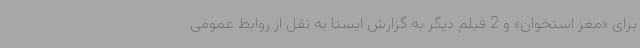
برای «مغز استخوان» و 2 فیلم دیگر به گزارش ایسنا به نقل از روابط عمومی